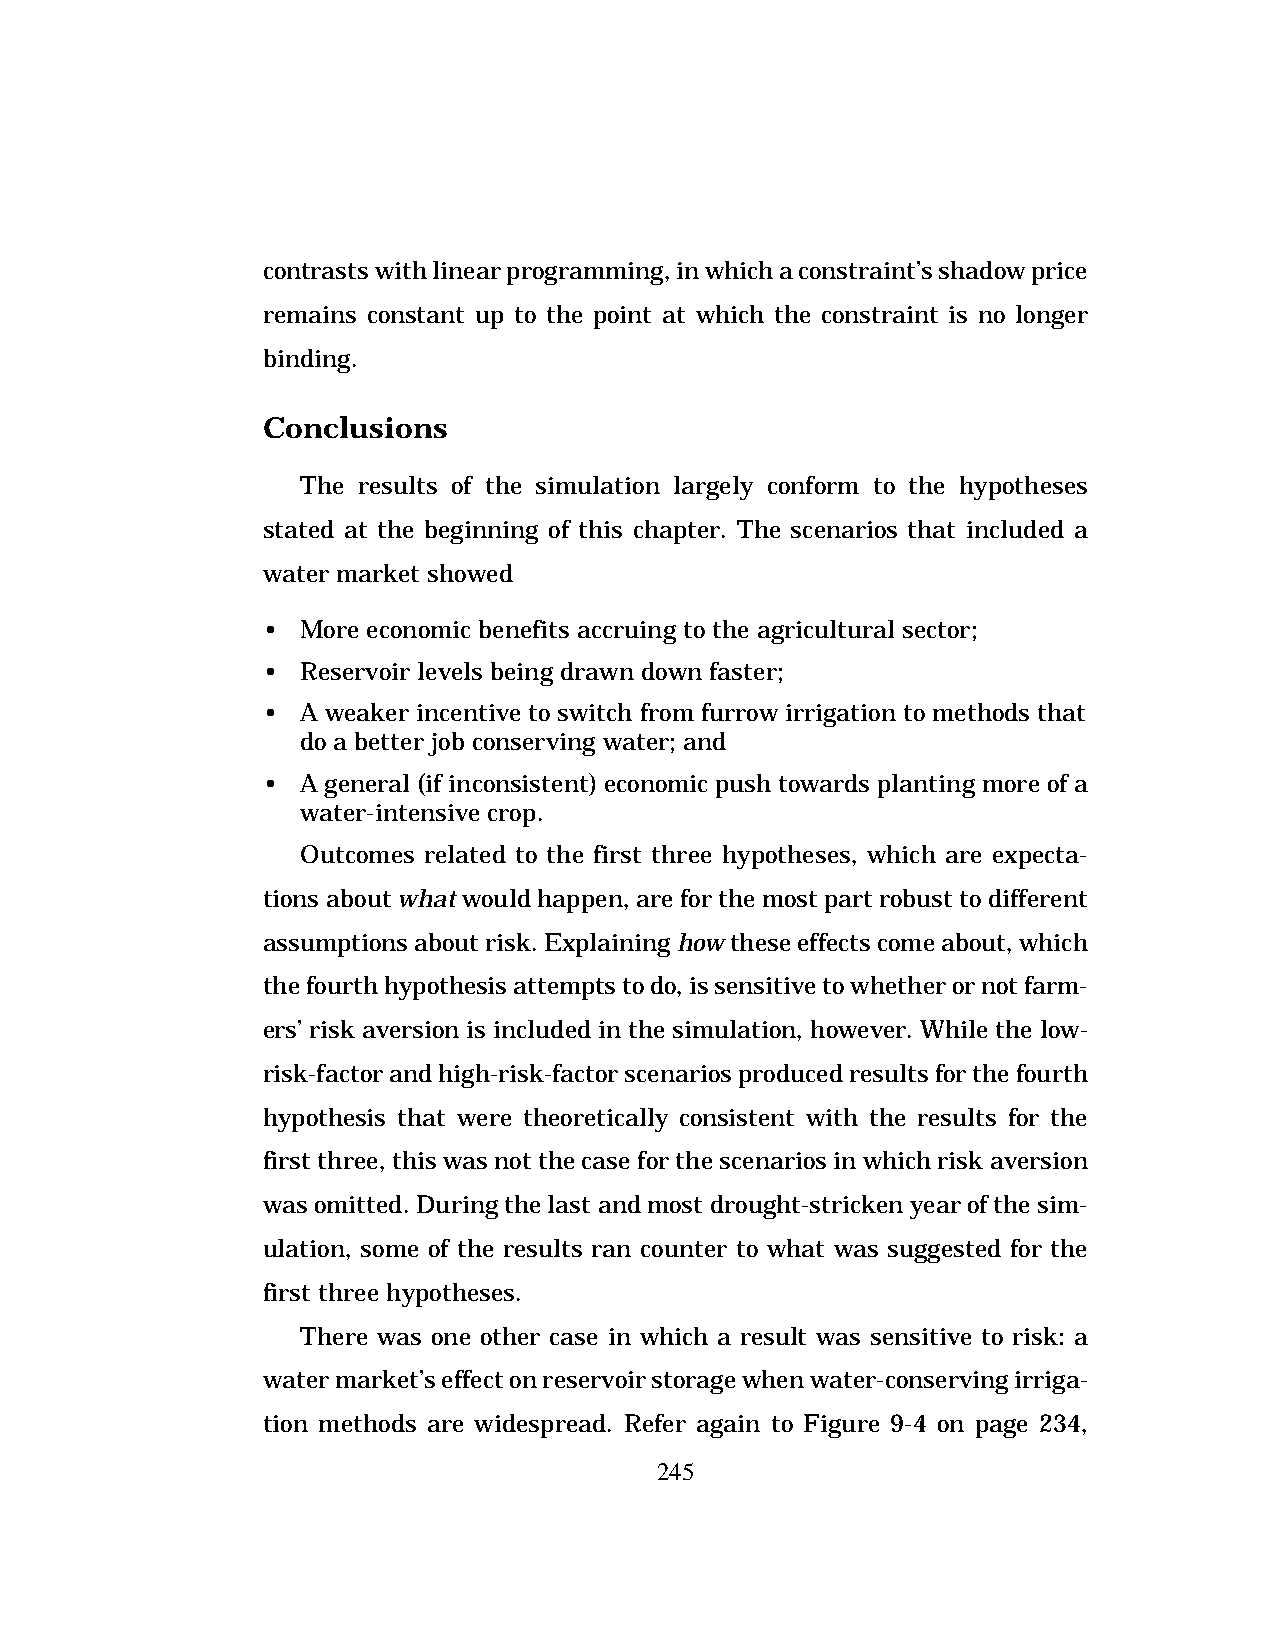
contrasts with linear programming, in which a constraint’s shadow price
 remains constant up to the point at which the constraint is no longer
 binding.
 Conclusions
 The results of the simulation largely conform to the hypotheses
 stated at the beginning of this chapter. The scenarios that included a
 water market showed
 •  More economic benefits accruing to the agricultural sector;
 •  Reservoir levels being drawn down faster;
 •  A weaker incentive to switch from furrow irrigation to methods that
 do a better job conserving water; and
 •  A general (if inconsistent) economic push towards planting more of a
 water-intensive crop.
 Outcomes related to the first three hypotheses, which are expecta-
 tions about what would happen, are for the most part robust to different
 assumptions about risk. Explaining how these effects come about, which
 the fourth hypothesis attempts to do, is sensitive to whether or not farm-
 ers’ risk aversion is included in the simulation, however. While the low-
 risk-factor and high-risk-factor scenarios produced results for the fourth
 hypothesis that were theoretically consistent with the results for the
 first three, this was not the case for the scenarios in which risk aversion
 was omitted. During the last and most drought-stricken year of the sim-
 ulation, some of the results ran counter to what was suggested for the
 first three hypotheses.
 There was one other case in which a result was sensitive to risk: a
 water market’s effect on reservoir storage when water-conserving irriga-
 tion methods are widespread. Refer again to Figure 9-4 on page 234,
 245